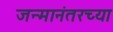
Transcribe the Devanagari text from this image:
जन्मानंतरच्या